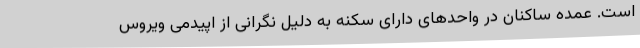
است. عمده ساکنان در واحدهای دارای سکنه به دلیل نگرانی از اپیدمی ویروس